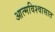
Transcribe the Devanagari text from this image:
आत्मविश्वासात